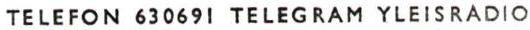
TELEFON 630691 TELEGRAM YLEISRADIO